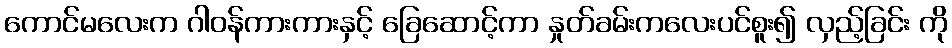
ကောင်မလေးက ဂါဝန်ကားကားနှင့် ခြေဆောင့်ကာ နှုတ်ခမ်းကလေးပင်စူး၍ လှည့်ခြင်း ကို